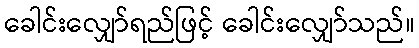
ခေါင်းလျှော်ရည်ဖြင့် ခေါင်းလျှော်သည်။